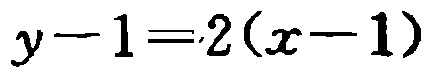
\(y - 1 = 2(x - 1)\)